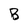
Character: B